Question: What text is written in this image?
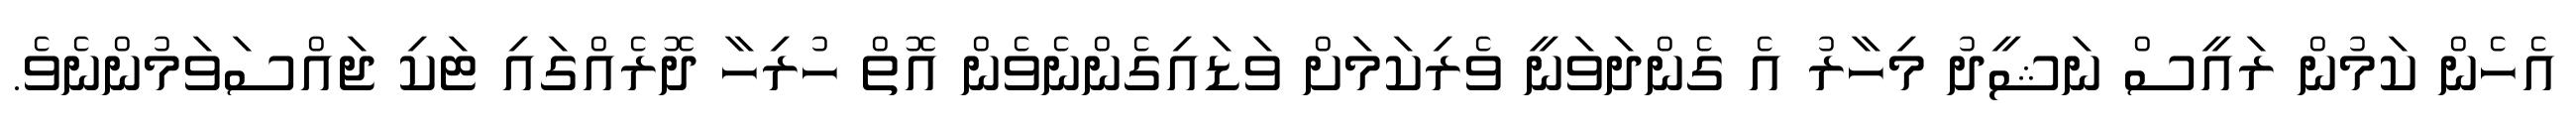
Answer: އެހެން ކަމުން ރައީސް ނަޝީދު މިހާރު އެ ގެންދަވަނީ ވެރިކަމަށް ވަޑައިގެންނެވެން އޮތް ހުރިހާ ދޮރެއްގައި ޓަކި ޖައްސަވަމުންނެވެ.